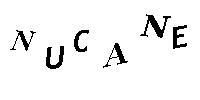
NUCANE